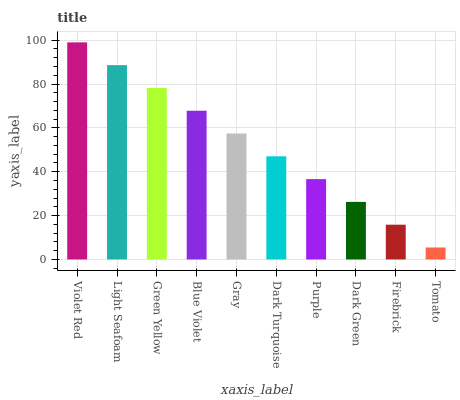
| xaxis_label | bars |
 | --- | --- |
 | Violet Red | 99 |
 | Light Seafoam | 88.6 |
 | Green Yellow | 78.2 |
 | Blue Violet | 67.8 |
 | Gray | 57.4 |
 | Dark Turquoise | 47 |
 | Purple | 36.6 |
 | Dark Green | 26.2 |
 | Firebrick | 15.9 |
 | Tomato | 5.46 |